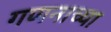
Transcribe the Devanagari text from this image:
गणनाच्या